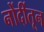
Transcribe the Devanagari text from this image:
नोंदींतून